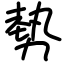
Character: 勢